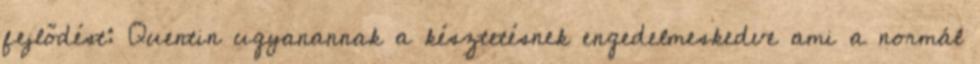
fejlődést: Quentin ugyanannak a késztetésnek engedelmeskedve ami a normál